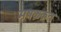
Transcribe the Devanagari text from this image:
मषक़क़त